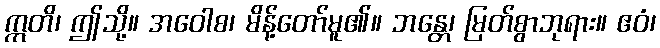
ဣတိ၊ ဤသို့။ အဝေါစ၊ မိန့်တော်မူ၏။ ဘန္တေ၊ မြတ်စွာဘုရား။ ဧဝံ၊